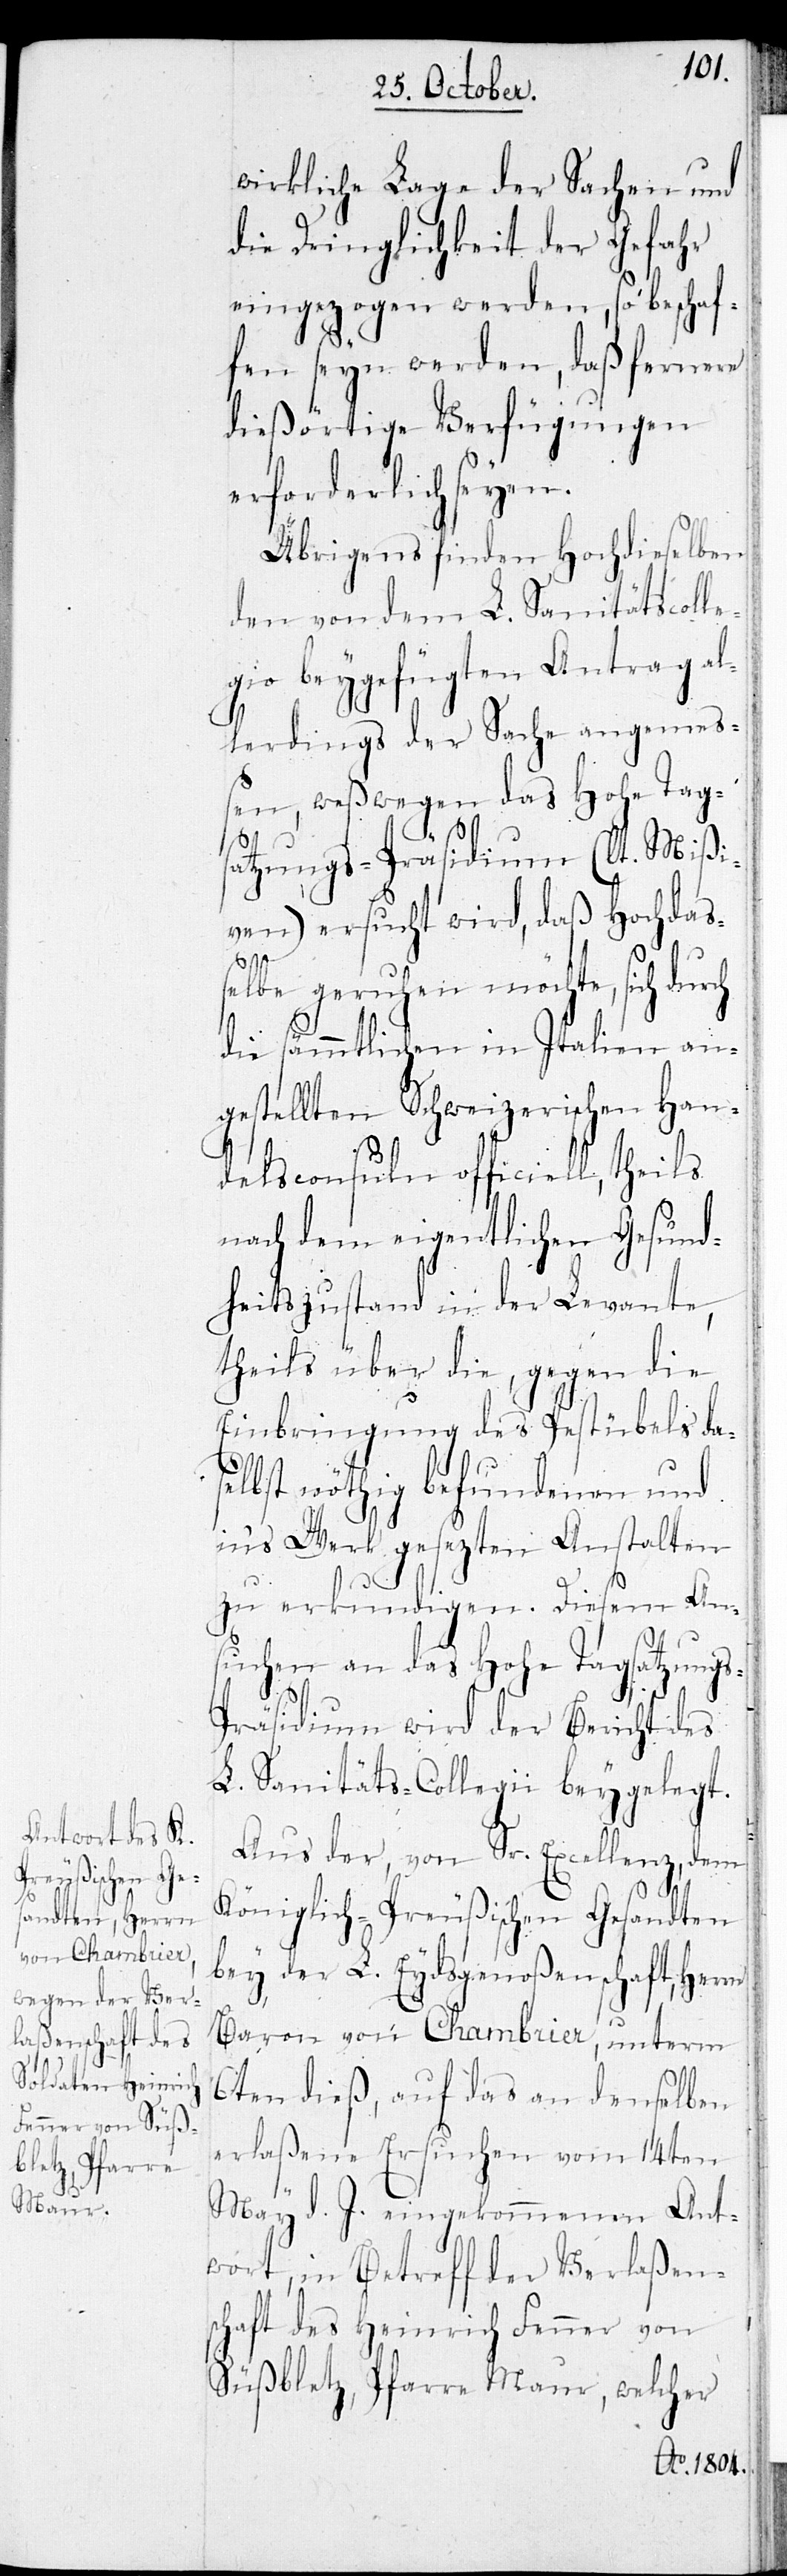
wirkliche Lage der Sachen und
die Dringlichkeit der Gefahr
eingezogen werden, so beschaf¬
fen seyn werden, daß fernere
dießörtige Verfügungen
erforderlich seyen.
Übrigens finden Hochdieselben
den von dem L. Sanitätscolle¬
gio beygefügten Antrag al¬
lerdings der Sache angemeß¬
en, weßwegen das Hohe Tag¬
satzungs-Präsidium (lt. Mißi¬
ven) ersucht wird, daß Hochdaß¬
elbe geruhen möchte, sich
die sämmtlichen in Italien an¬
gestellten Schweizerischen Han¬
delsconsuln officiell,
nach dem eigentlichen Gesund¬
heitszustand in der Levante,
theils über die, gegen die
Einbringung des Pestübels da¬
selbst nöthig befundenen und
in's Werk gesezten Anstalten
zu erkundigen. Diesem An¬
suchen an das Hohe Tagsatzungs-P¬
räsidium wird der Bericht des
L. Sanitäts-Collegii beygelegt.
Aus der, von Sr. Excellenz, dem
Königlich-Preußischen Gesandten
bey der L. Eydsgenoßenschaft, Herrn
Baron von Chambrier, unterm
6ten dieß, auf das an denselben
erlaßene Ersuchen vom 14ten
May d. J. eingekommenen Ant¬
wort, in Betreff der Verlaßen¬
schaft des Heinrich Fenner von
Süßbletz, Pfarre Maur, welcher